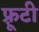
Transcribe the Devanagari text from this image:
फ़्रूटी